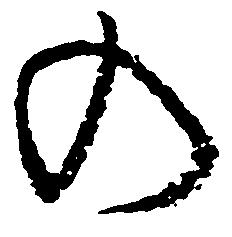
の